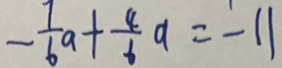
- \frac { 7 } { 6 } a + \frac { 4 } { 6 } a = - 1 1